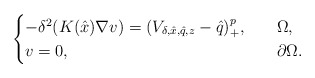
\begin{align*}\begin{cases}-\delta^2(K(\hat{x})\nabla v)= (V_{\delta, \hat{x}, \hat{q}, z}-\hat{q})^{p}_+,\ \ & \ \Omega,\\v=0,\ \ &\ \partial \Omega.\end{cases}\end{align*}